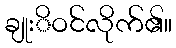
ချုးိဝင်လိုက်၏။